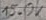
Text: 15.0K